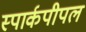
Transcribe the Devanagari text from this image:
स्पार्कपीपल